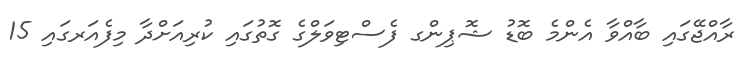
ރާއްޖޭގައި ބާއްވާ އެންމެ ބޮޑު ޝޮޕިންގ ފެސްޓިވަލްގެ ގޮތުގައި ކުރިއަށްދާ މިފެއަރގައި 15